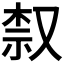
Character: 𫩀